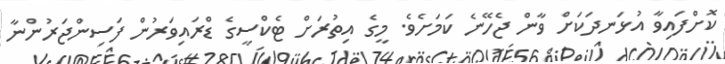
ކޮށްފައިވާ އުޅަނދަކަށް ވާން ޖެހޭނެ ކަމަށެވެ. މީގެ އިތުރަށް ޓެކްސީގެ ޑްރައިވަރުން ފަސިންޖަރުންނާ